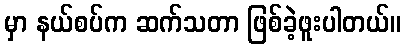
မှာ နယ်စပ်က ဆက်သတာ ဖြစ်ခဲ့ဖူးပါတယ်။